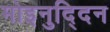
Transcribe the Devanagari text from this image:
मोइनुद्दिन